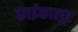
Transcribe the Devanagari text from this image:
काईकालूर